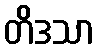
တိဒသာ